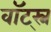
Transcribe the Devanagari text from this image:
वॉट्स्न